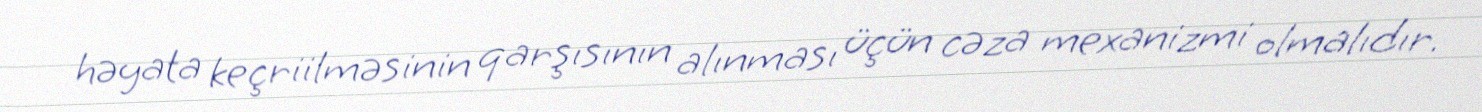
həyata keçriilməsinin qarşısının alınması üçün cəza mexanizmi olmalıdır.